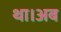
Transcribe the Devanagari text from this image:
था।अब